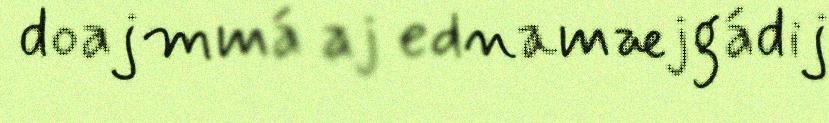
doajmmá aj ednamæjgádij